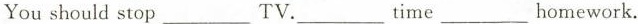
You should stop ___ TV. ___ time ___ homework.